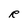
Character: R